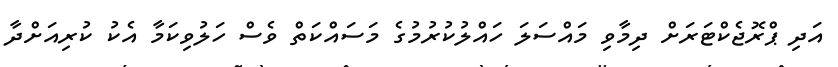
އަދި ޕްރޮޖެކްޓަރަށް ދިމާވި މައްސަލަ ހައްލުކުރުމުގެ މަސައްކަތް ވެސް ހަލުވިކަމާ އެކު ކުރިއަށްދާ